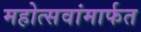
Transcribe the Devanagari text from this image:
महोत्सवांमार्फत